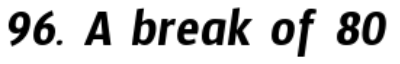
96. A break of 80